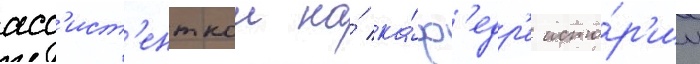
асс'ист'енткои на́ ка́ф'едр'е исто́р'ии